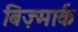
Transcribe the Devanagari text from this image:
बिज़्मार्क